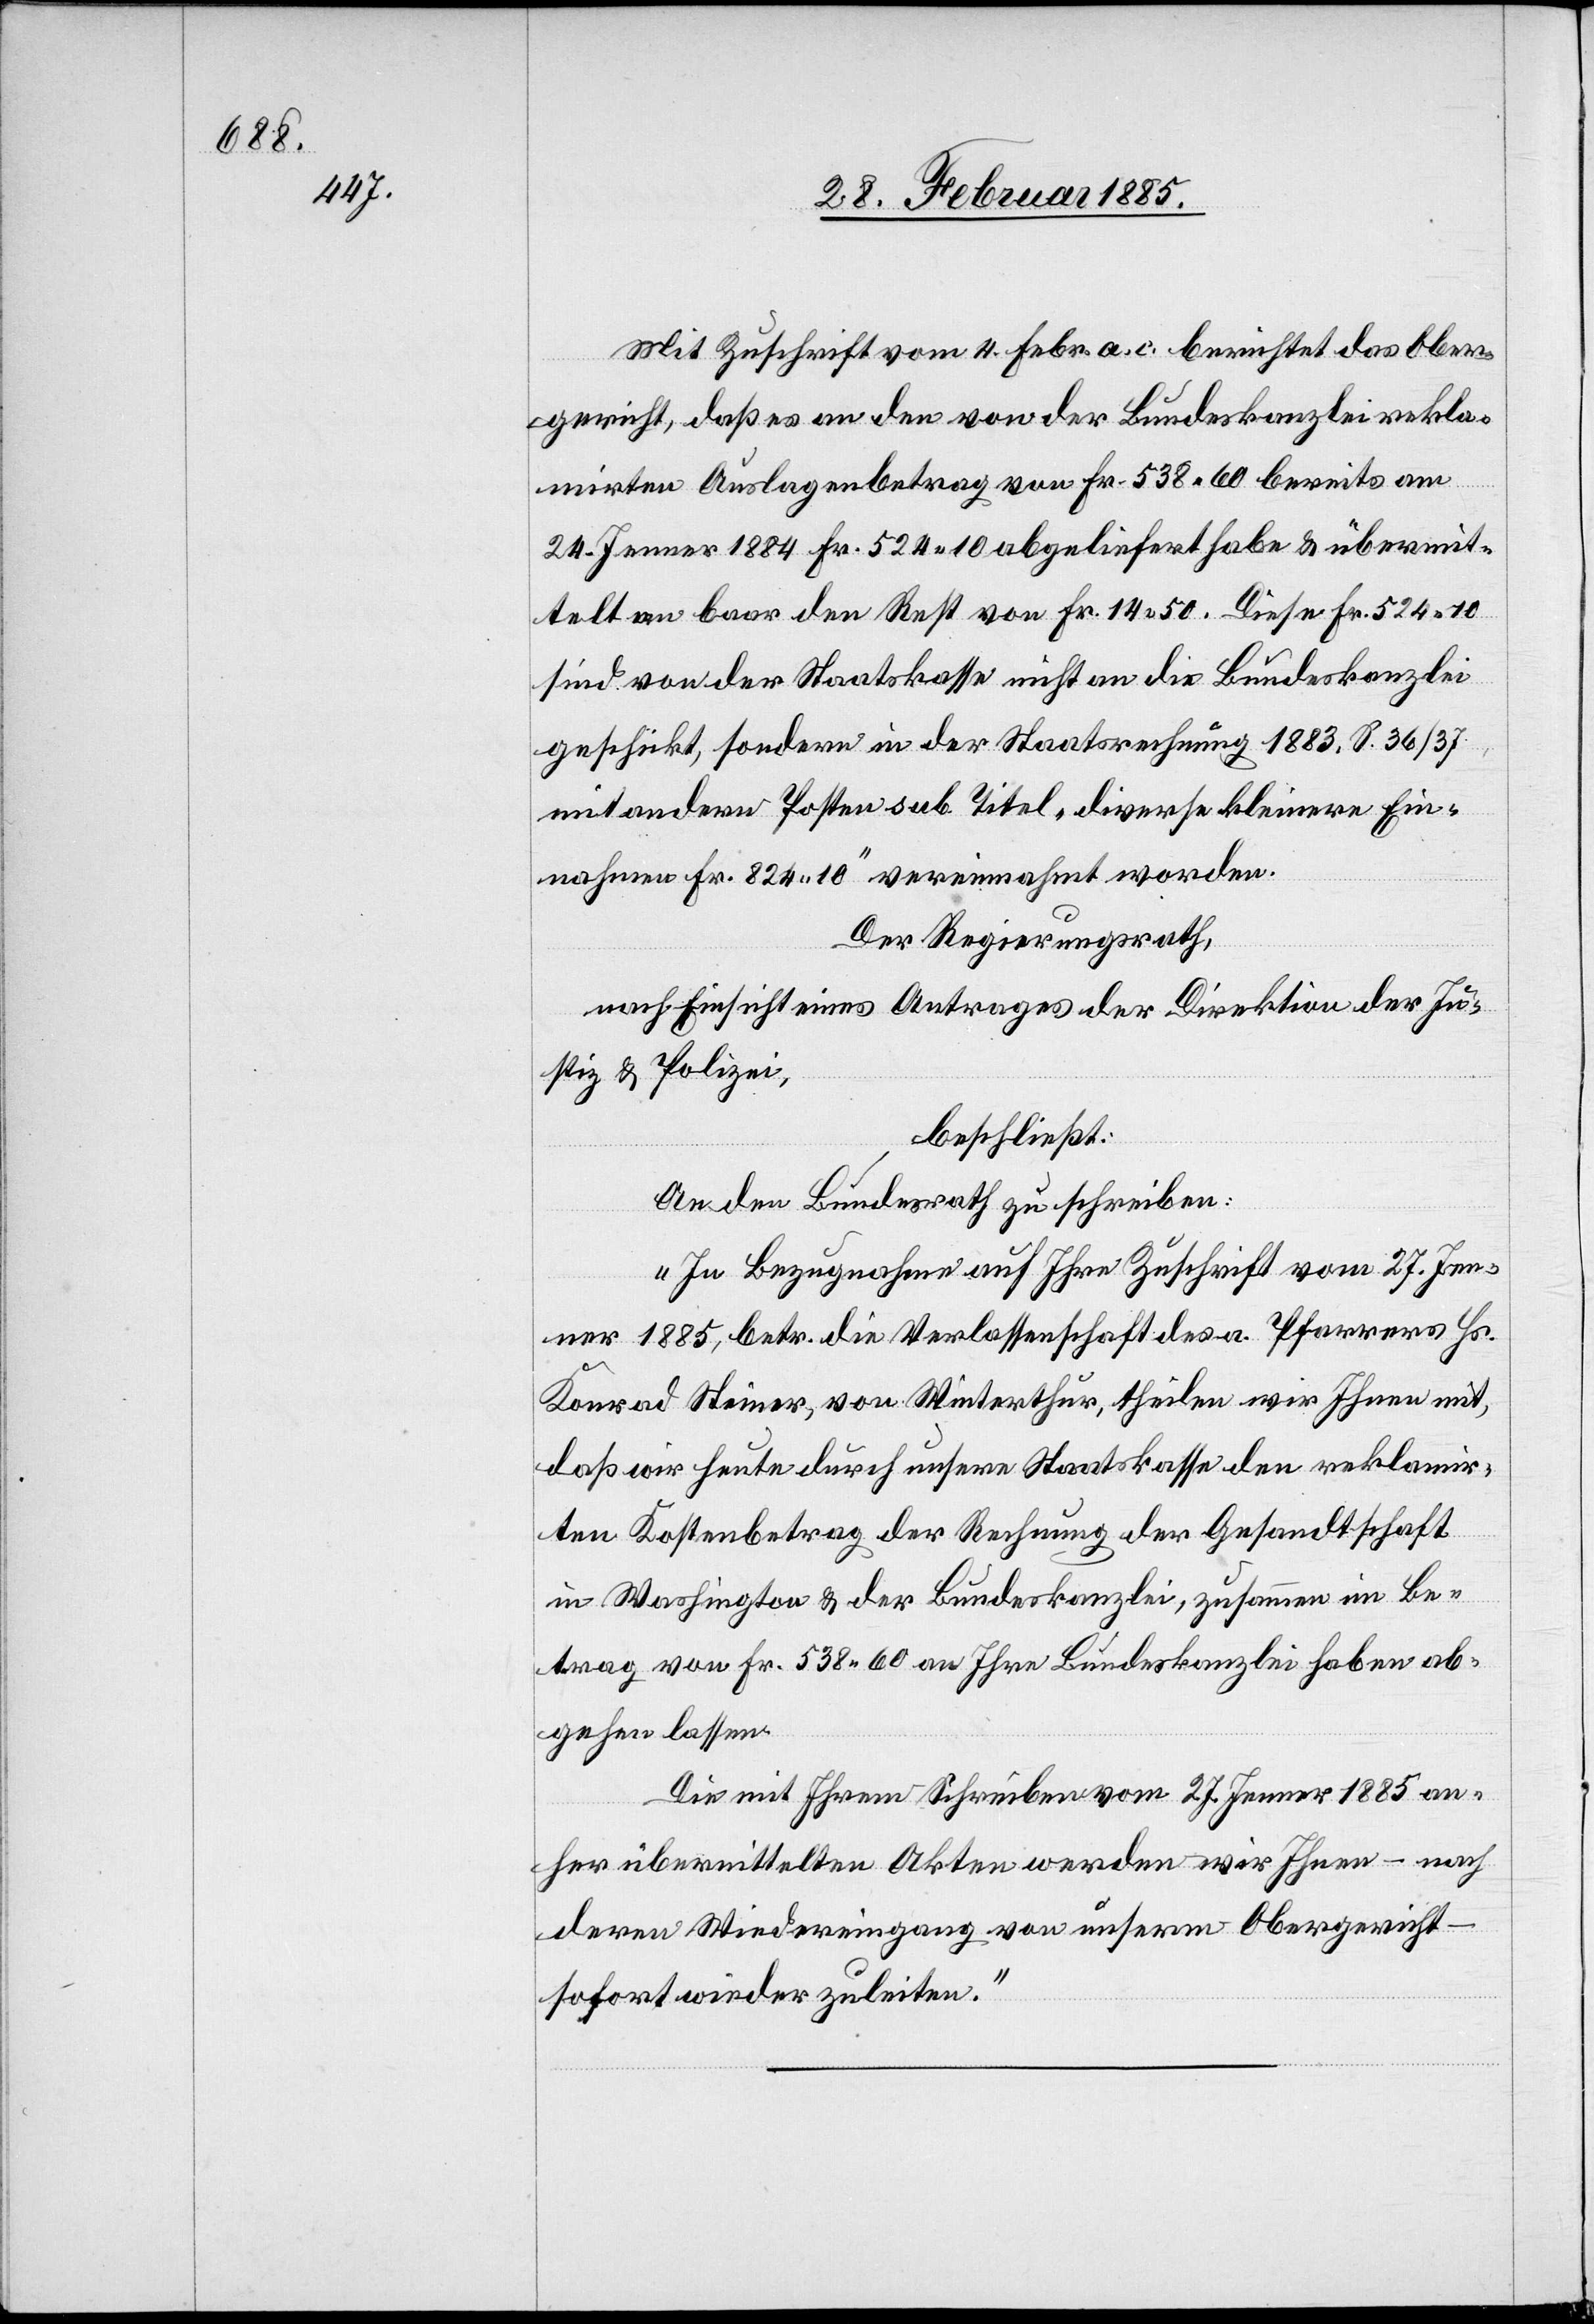
Mit Zuschrift vom 4. Febr. a. c. berichtet das Ober¬
gericht, daß es an den von der Bundeskanzlei rekla¬
mirten Auslagenbetrag von Fr. 538 60 bereits am
24. Januar 1884 Fr. 524 10 abgeliefert habe & übermit¬
telt an baar den Rest von Fr. 14 50. Diese Fr. 524 10
sind von der Staatskasse nicht an die Bundeskanzlei
geschickt, sondern in der Staatsrechnung 1883, S. 36/37
mit andern Posten sub. Titel „diverse kleinere Ein¬
nahmen Fr. 824 10“ vereinnahmt worden.
Der Regierungsrath,
nach Einsicht eines Antrages der Direktion der Ju¬
stiz & Polizei,
beschließt:
An den Bundesrath zu schreiben:
„In Bezugnahme auf Ihre Zuschrift vom 27. Jen¬
ner 1885, betr. die Verlassenschaft des a. Pfarrers Hs.
Konrad Steiner, von Winterthur, theilen wir Ihnen mit,
daß wir heute durch unserer Staatskasse den reklamir¬
ten Kostenbetrag der Rechnung der Gesandtschaft
in Washington & der Bundeskanzlei, zusammen im Be¬
trag von Fr. 538 60 an Ihre Bundeskanzlei haben ab¬
gehen lassen.
Die mit Ihrem Schreiben vom 27. Jenner 1885 an¬
her übermittelten Akten werden wir Ihnen – nach
deren Wiedereingang von unserem Obergericht –
sofort wieder zuleiten.“